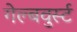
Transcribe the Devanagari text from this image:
गेल्बवुर्स्ट